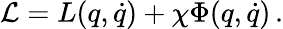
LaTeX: {\mathcal L}=L(q,\dot{q})+\chi\Phi(q,\dot{q})\, .